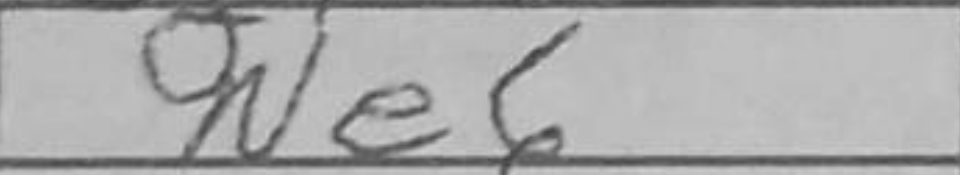
Transcription: Ne6